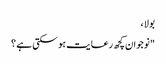
بولا ،
"نوجوان کچھ رعایت ہو سکتی ہے ؟